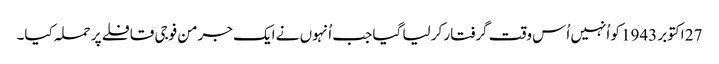
27 اکتوبر 1943 کو اُنہیں اُس وقت گرفتار کر لیا گیا جب اُنہوں نے ایک جرمن فوجی قافلے پر حملہ کیا۔